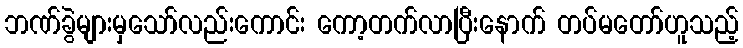
ဘဏ်ခွဲများမှသော်လည်းကောင်း ကော့တက်လာပြီးနောက် တပ်မတော်ဟူသည့်